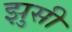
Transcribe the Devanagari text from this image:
झुसी